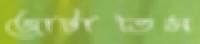
জোটাতিস